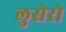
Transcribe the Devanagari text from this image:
लुसेरो